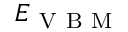
E _ { \mathrm { ~ V ~ B ~ M ~ } }